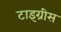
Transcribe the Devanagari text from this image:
टाइग्रीस